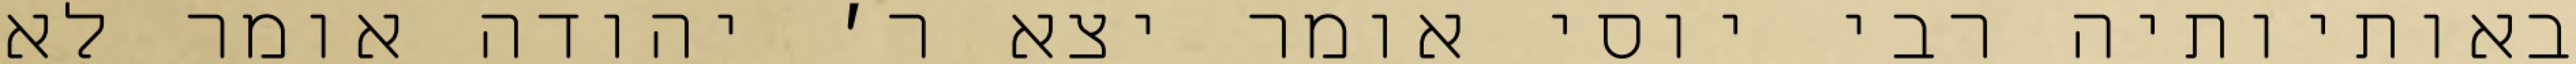
באותיותיה רבי יוסי אומר יצא ר׳ יהודה אומר לא